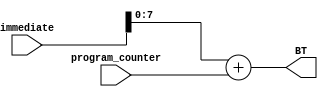
module Branch_Target_Calculator(
    input [15:0] immediate,          // Immediate field from the instruction
    input [7:0] program_counter,    // Next instruction's program counter
    output reg [7:0] BT             // Branch target output
);

    // The next instruction is saved in a word manner, so no need to shift it by 2
    always @(*) begin
        BT = immediate[15:0] + program_counter;  // Calculate the branch target
    end

endmodule